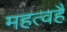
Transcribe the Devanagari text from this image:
महत्वहै